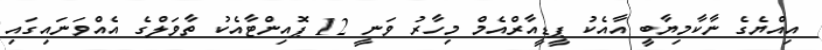
އިއްޔެގެ ނާކާމިޔާބީ އާއެކު ޕީޑީއާރްއެމް މިހާރު ވަނީ 12 ޕޮއިންޓާއެކު ތާވަލްގެ އެއްވަނައިގައި